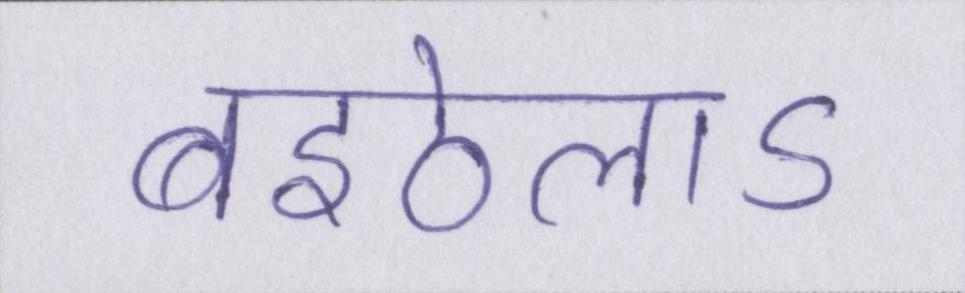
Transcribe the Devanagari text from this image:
बइठेलाऽ